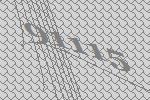
91115